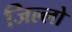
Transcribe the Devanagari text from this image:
जिल्लो